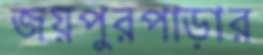
জয়পুরপাড়ার